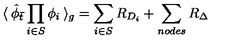
\langle \: { \hat { \phi } } _ { \bar { t } } \prod _ { i \in S } \phi _ { i } \: \rangle _ { g } = \sum _ { i \in S } R _ { D _ { i } } + \sum _ { n o d e s } R _ { \Delta } \,